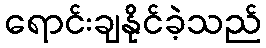
ရောင်းချနိုင်ခဲ့သည်